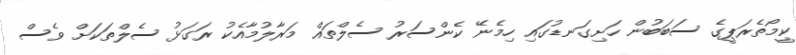
ކީމޯތެރަޕީގެ ސަބަބުން ހަށިގަނޑުގައި ހިމެނޭ ކެންސަރު ސެލްތައް މަރާލުމާއެކު ރަގަޅު ސެލްތަކަށް ވެސް